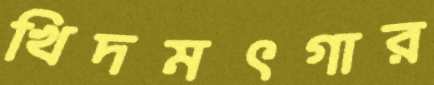
খিদমৎগার